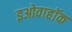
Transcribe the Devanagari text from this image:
इओवाहॉक